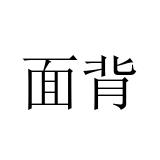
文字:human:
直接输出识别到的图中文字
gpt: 面背